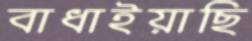
বাধাইয়াছি